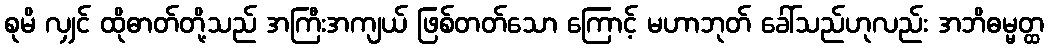
စုမိ လျှင် ထိုဓာတ်တို့သည် အကြီးအကျယ် ဖြစ်တတ်သော ကြောင့် မဟာဘုတ် ခေါ်သည်ဟုလည်း အဘိဓမ္မတ္ထ